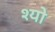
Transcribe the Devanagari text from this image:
श्यो